Annual report on the Civil Veterinary Department, Burma (including the Insein Veterinary School) - 1932-1941
Year: 1932
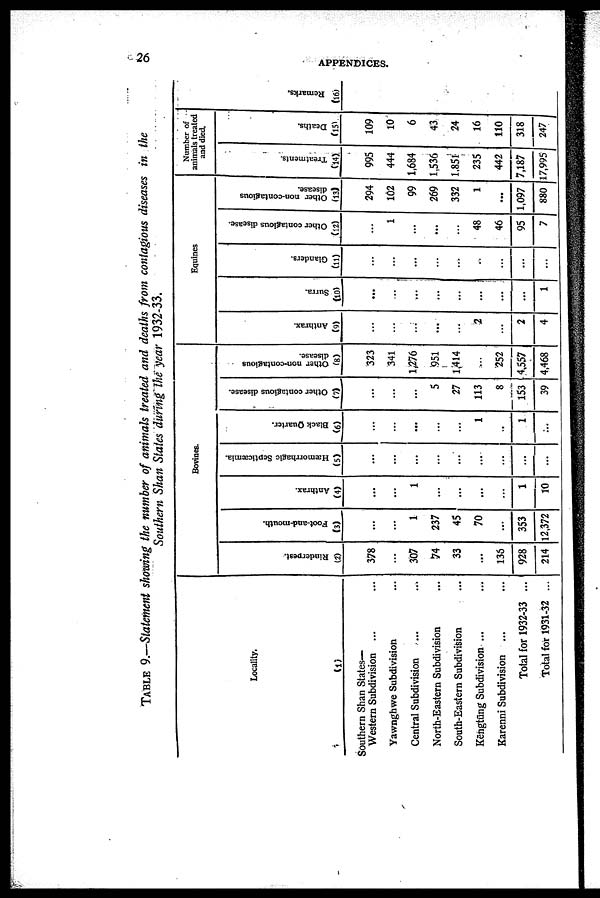
26
APPENDICES.
TABLE 9.—Statement showing the number of animals treated and deaths from contagious diseases in the
Southern Shan States during the year 1932-33.
Locality.
(1)
Southern Shan States—
Western Subdivision ... ...
Yawnghwe Subdivision ...
Central Subdivision ... ...
North-Eastern Subdivision ...
South-Eastern Subdivision ...
Kēngtūng Subdivision ... ...
Karenni Subdivision ... ...
Total for 1932-33 ...
Total for 1931-32 ...
Bovines.
Rinderpest.
(2)
378
...
307
74
33
...
136
928
214
Foot-and-mouth.
(3)
...
...
1
237
45
70
...
353
12,372
Anthrax.
(4)
...
...
1
...
...
...
...
1
10
Hæmorrhagic Septicæmia.
(5)
...
...
...
...
...
...
...
...
...
Black Quarter.
(6)
...
...
...
...
...
1
..
1
...
Other contagious disease.
(7)
...
...
...
5
27
113
8
153
39
Other non-contagious
disease.
(8)
323
341
1,276
951
1,414
...
252
4,557
4,468
Equines
Anthrax.
(9)
...
...
...
...
...
2
...
2
4
Surra.
(10)
...
...
...
...
...
...
...
...
1
Glanders.
(11)
...
...
...
...
...
...
...
...
...
Other contagious disease.
(12)
...
1
...
...
...
48
46
95
7
Other non-contagious
disease.
(13)
294
102
99
269
332
1
...
1,097
880
Number of
animals treated
and died.
Treatments.
(14)
995
444
1,684
1,536
1,851
235
442
7,187
17,995
Deaths.
(15)
109
10
6
43
24
16
110
318
247
Re ma r
ks .
(16)